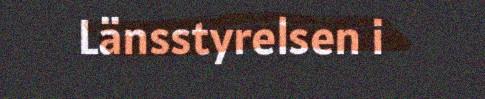
Länsstyrelsen i